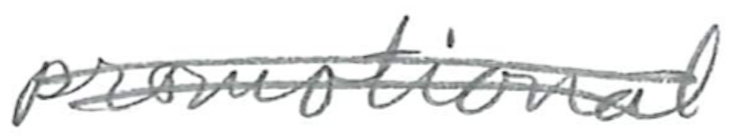
Text: promotional
Cross-out: double-line
Writing tool: pencil